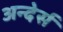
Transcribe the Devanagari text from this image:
अन्देर्स